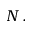
N \, .